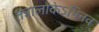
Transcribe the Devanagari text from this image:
तंत्रालोकेऽभिनव